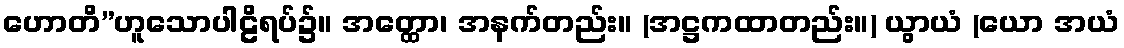
ဟောတိ”ဟူသောပါဠိရပ်၌။ အတ္ထော၊ အနက်တည်း။ (အဋ္ဌကထာတည်း။) ယွာယံ (ယော အယံ